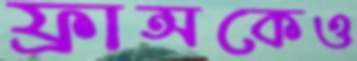
ফ্রান্সকেও